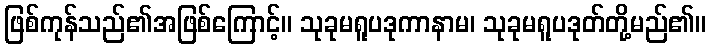
ဖြစ်ကုန်သည်၏အဖြစ်ကြောင့်။ သုခုမရူပဒုကာနာမ၊ သုခုမရူပဒုတ်တို့မည်၏။